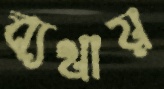
ব্যথায়